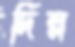
দিল্ল